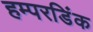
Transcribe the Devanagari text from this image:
हम्परडिंक